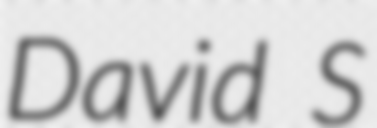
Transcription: David S